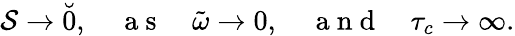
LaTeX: \mathcal{S}\to\breve{0},\quad\mathrm{~a~s~}\quad\tilde{\omega}\to 0,\quad\mathrm{~a~n~d~}\quad\tau_{c}\to\infty.